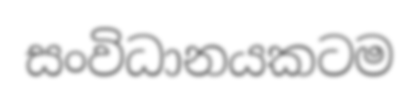
සංවිධානයකටම